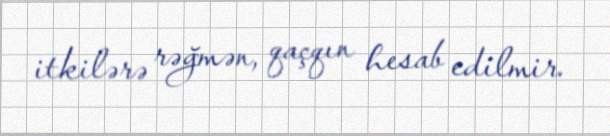
itkilərə rəğmən, qaçqın hesab edilmir.